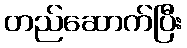
တည်ဆောက်ပြီး